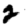
Digit: 2